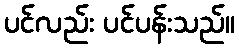
ပင်လည်း ပင်ပန်းသည်။